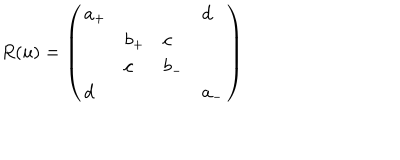
LaTeX: R ( u ) = \left( \begin{array} { l l l l } { { a _ { + } } } & { { } } & { { } } & { { d } } \\ { { } } & { { b _ { + } } } & { { c } } & { { } } \\ { { } } & { { c } } & { { b _ { - } } } & { { } } \\ { { d } } & { { } } & { { } } & { { a _ { - } } } \\ \end{array} \right)